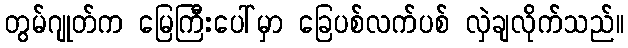
တွမ်ဂျုတ်က မြေကြီးပေါ်မှာ ခြေပစ်လက်ပစ် လှဲချလိုက်သည်။